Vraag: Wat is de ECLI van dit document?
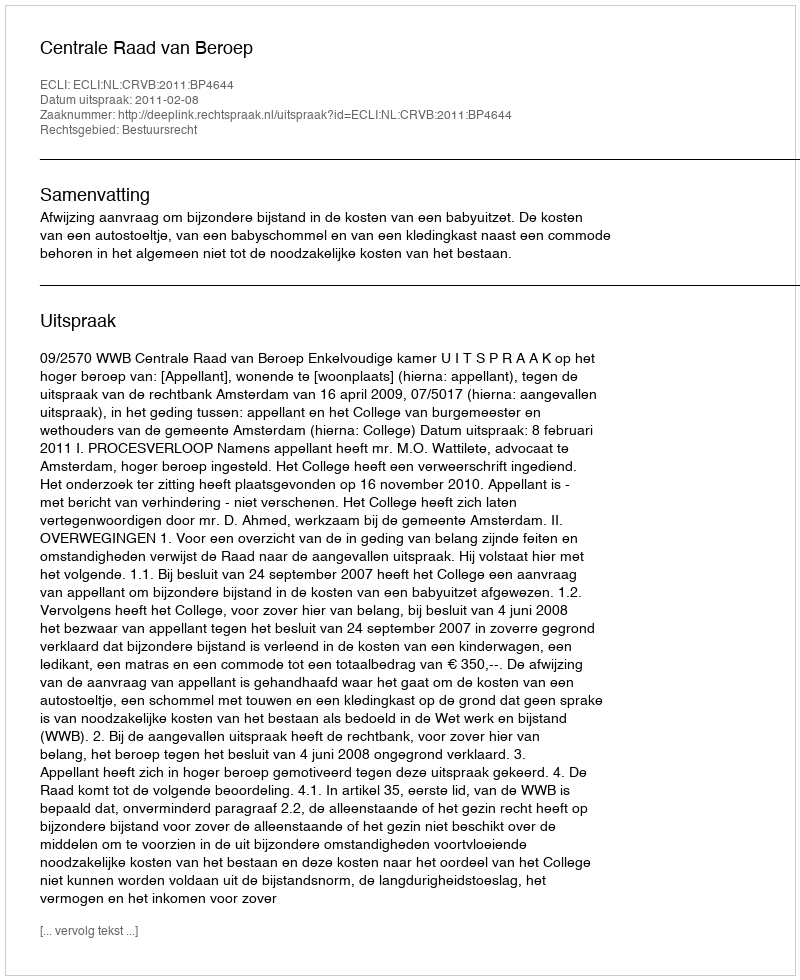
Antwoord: ECLI:NL:CRVB:2011:BP4644